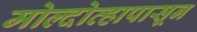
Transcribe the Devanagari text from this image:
मोल्दोव्हापासून